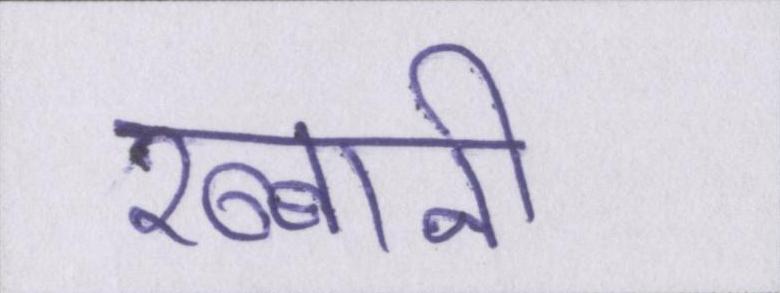
रब्बानी